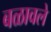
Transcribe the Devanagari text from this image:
बळावले